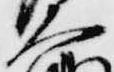
大